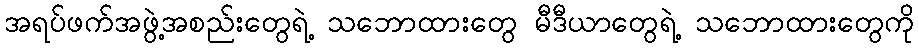
အရပ်ဖက်အဖွဲ့အစည်းတွေရဲ့ သဘောထားတွေ မီဒီယာတွေရဲ့ သဘောထားတွေကို